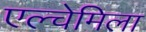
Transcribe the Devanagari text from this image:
एल्चेमिला